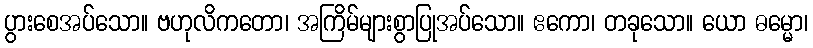
ပွားစေအပ်သော။ ဗဟုလိကတော၊ အကြိမ်များစွာပြုအပ်သော။ ဧကော၊ တခုသော။ ယော ဓမ္မော၊